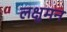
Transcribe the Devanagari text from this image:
लक्षुमन